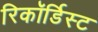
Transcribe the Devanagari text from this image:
रिकॉर्डिस्ट